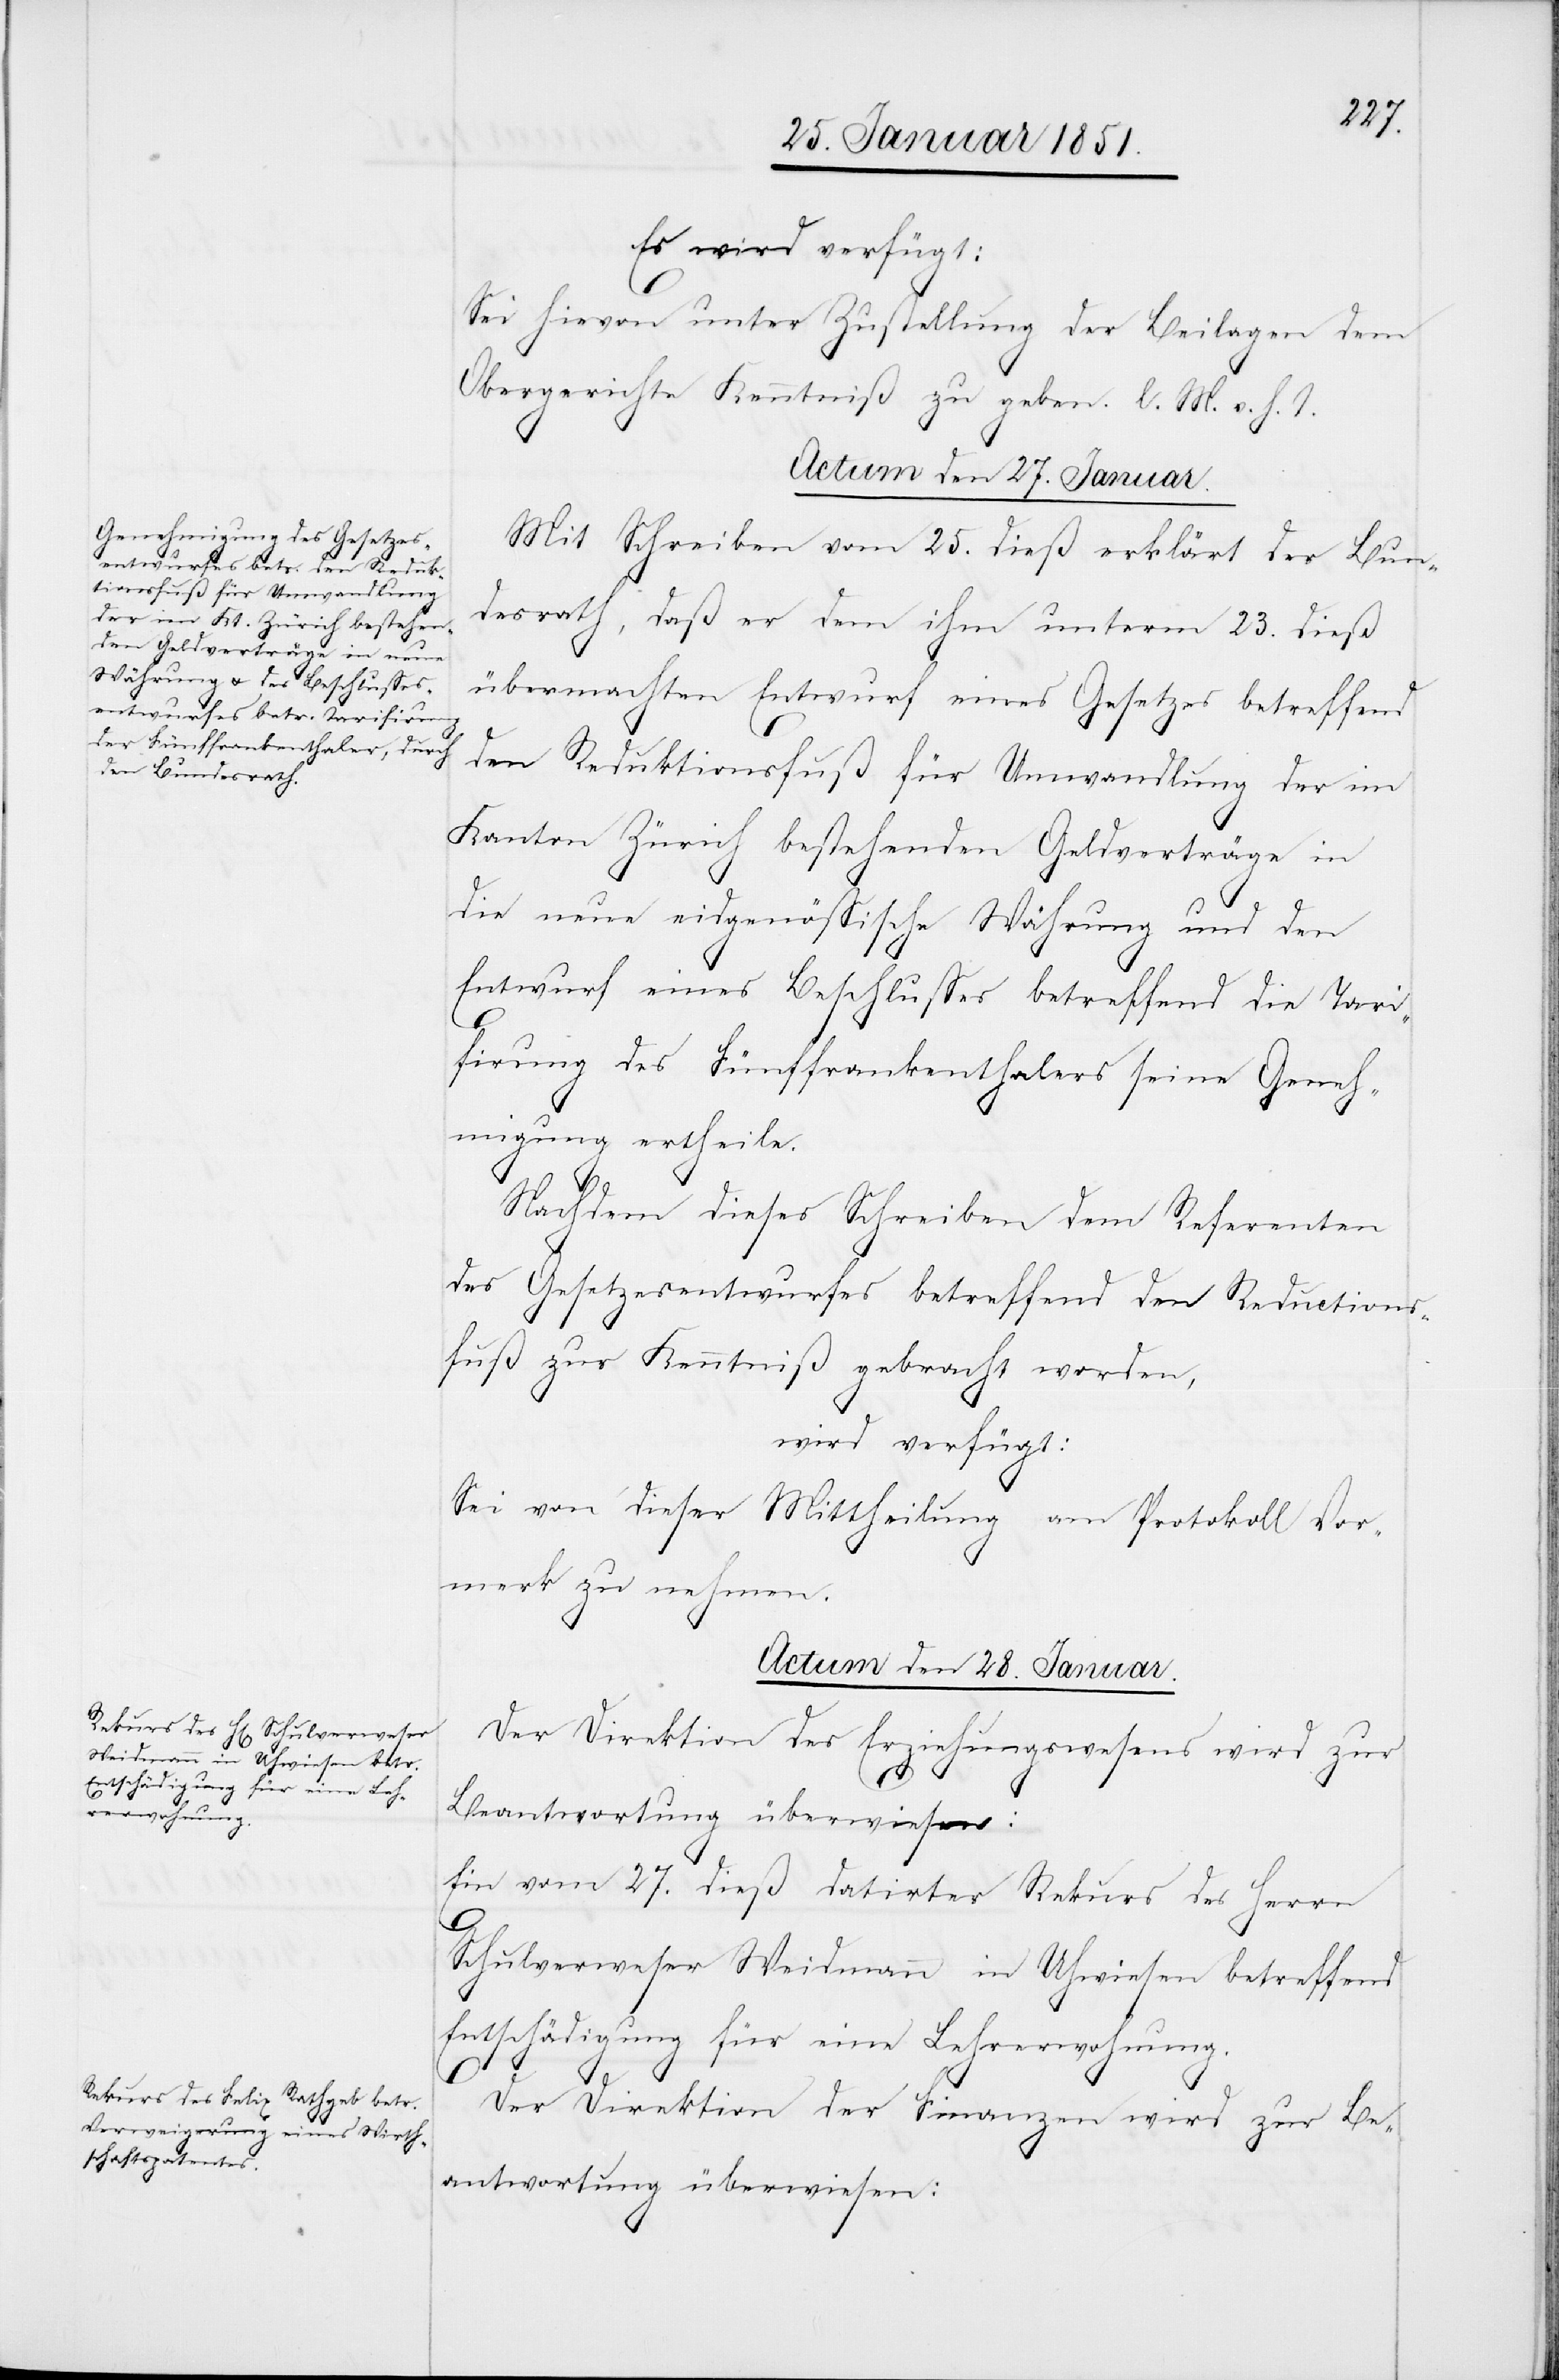
Entschädigung für eine Leh¬
rerwohnung.

Es wird verfügt:
Sei hievon unter Zustellung der Beilagen dem
Obergerichte Kenntniß zu geben. l. M. v. h. T.
Actum den 28. Januar.]
Mit Schreiben vom 25. dieß erklärt der Bun¬
desrath, daß er dem ihm unterm 23. dieß
übermachten Entwurf eines Gesetzes betreffend
den Reduktionsfuß für Umwandlung der im
Kanton Zürich bestehenden Geldverträge in
die neue eidgenössische Währung und den
Entwurf eines Beschlusses betreffend die Tari¬
firung des Fünffrankenthalers seine Geneh¬
migung ertheile.
Nachdem dieses Schreiben dem Referenten
des Gesetzesentwurfes betreffend den Reductions¬
fuß zur Kenntniß gebracht worden,
wird verfügt:
Sei von dieser Mittheilung am Protokoll Vor¬
merk zu nehmen.
Actum den 28. Januar.
Der Direktion des Erziehungswesens wird zur
Beantwortung überwiesen:
Ein vom 27. dieß datirter Rekurs des Herrn
Schulverweser Weidmann in Uhwiesen betreffend
Der Direktion der Finanzen wird zur Be¬
antwortung überwiesen: